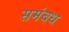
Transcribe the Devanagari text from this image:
समंबध